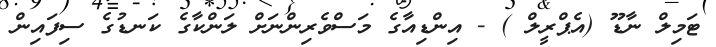
ޓަމިލް ނާޑޫ (އެޕްރީލް ) - އިންޑިއާގެ މަސްވެރިންނަަށް ލަންކާގެ ކަނޑުގެ ސިފައިން